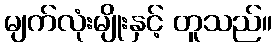
မျက်လုံးမျိုးနှင့် တူသည်။